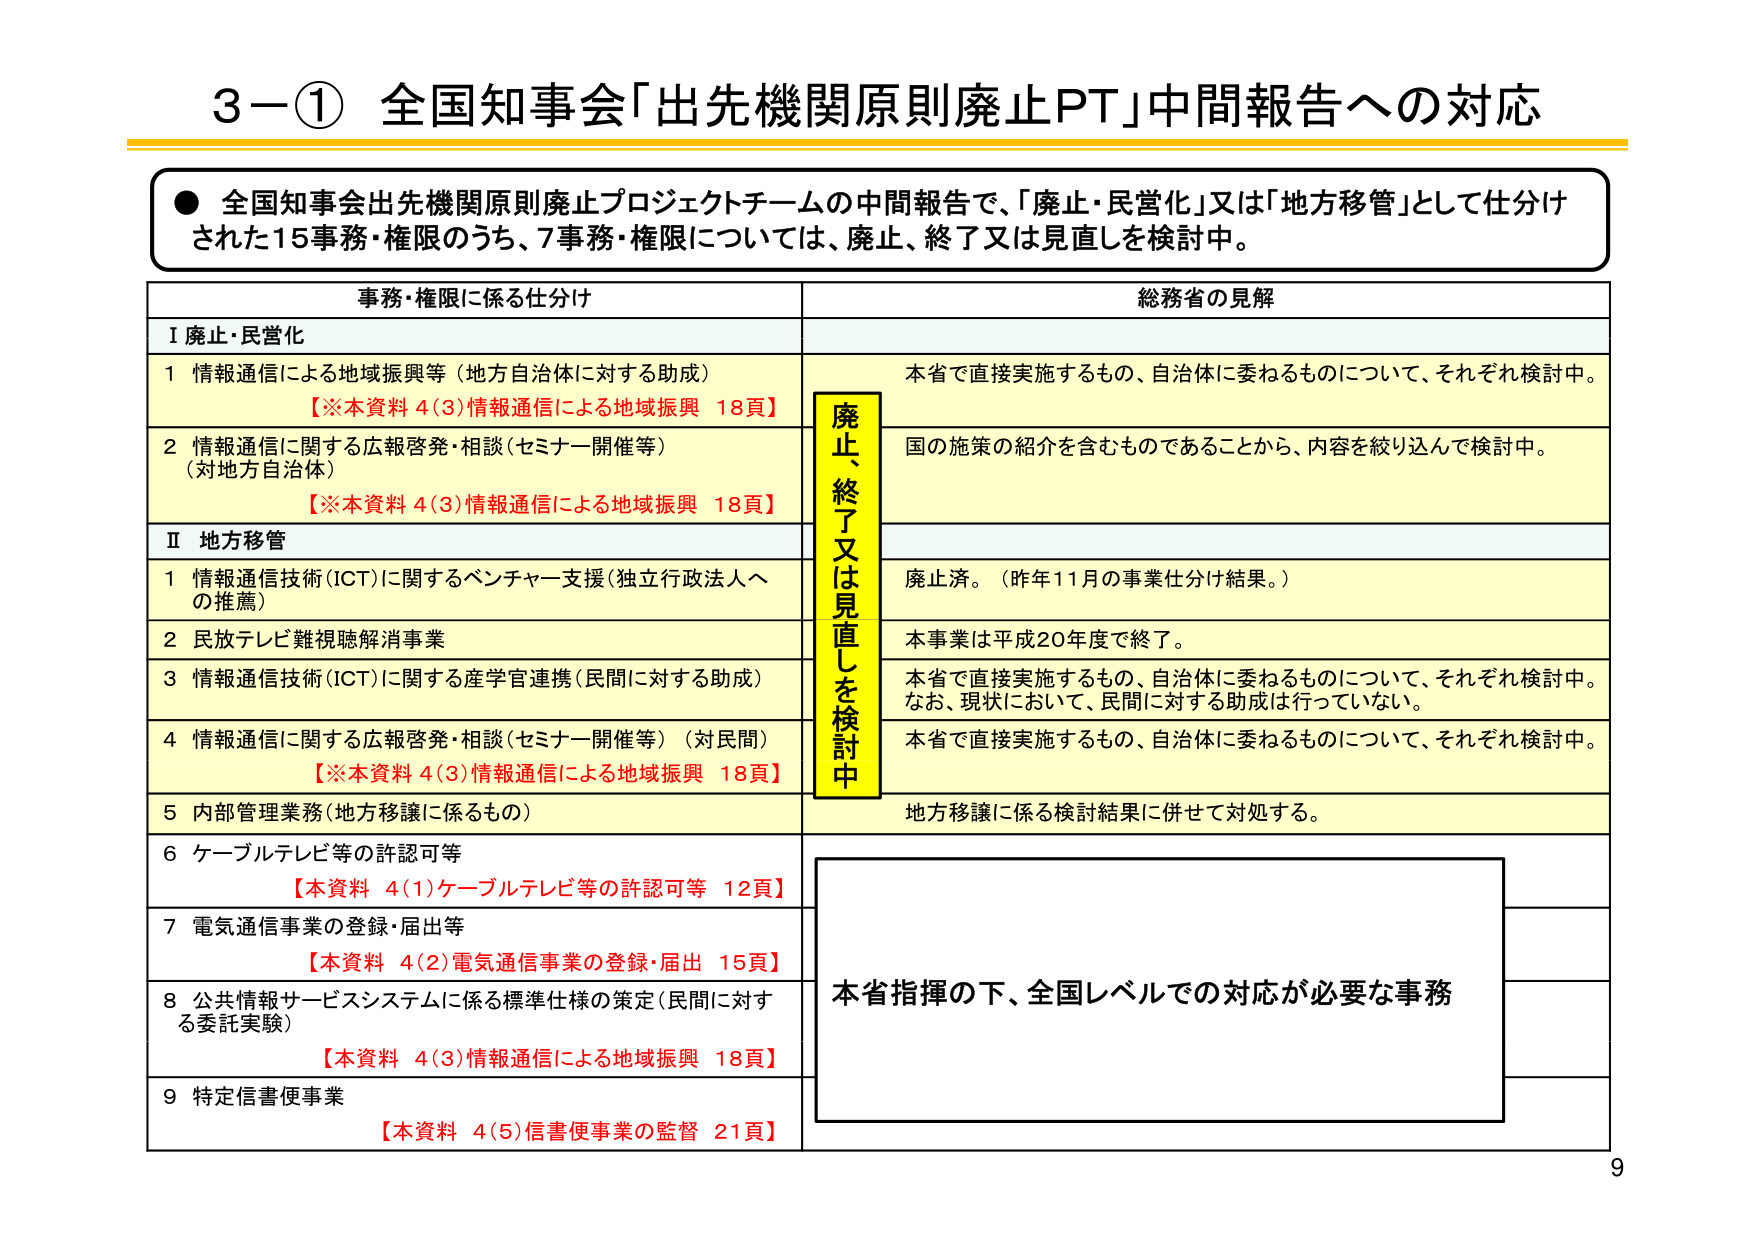
3－① 全国知事会「出先機関原則廃止PT」中間報告への対応

● 全国知事会出先機関原則廃止プロジェクトチームの中間報告で、「廃止・民営化」又は「地方移管」として仕分けされた15事務・権限のうち、7事務・権限については、廃止、終了又は見直しを検討中。

事務・権限に係る仕分け